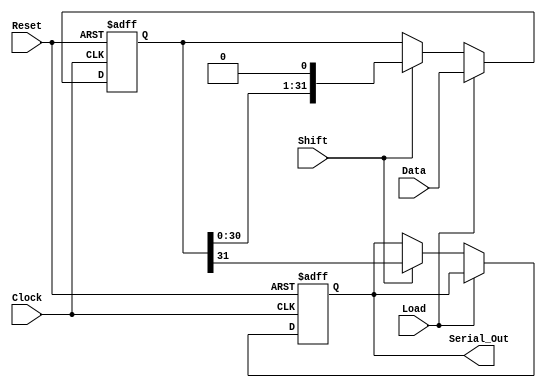
module PISO_Register (
    input wire [31:0] Data,      // 32-bit parallel input data bus
    input wire Load,             // Load control signal
    input wire Shift,            // Shift control signal
    input wire Clock,            // Clock signal
    input wire Reset,            // Asynchronous reset signal
    output reg Serial_Out        // Serial output
);

    reg [31:0] shift_reg;        // Internal 32-bit shift register

    always @(posedge Clock or posedge Reset) begin
        if (Reset) begin
            // Asynchronous reset: clear the shift register
            shift_reg <= 32'b0;
            Serial_Out <= 1'b0;   // Clear Serial_Out on reset
        end else begin
            if (Load) begin
                // Load data into shift register
                shift_reg <= Data;
            end else if (Shift) begin
                // Shift operation
                Serial_Out <= shift_reg[31]; // Output MSB
                shift_reg <= {shift_reg[30:0], 1'b0}; // Shift left, fill LSB with 0
            end
        end
    end

endmodule